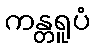
ကန္တရူပံ